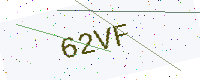
Text: 62VF